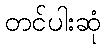
တင်ပါးဆုံ